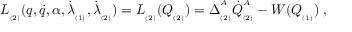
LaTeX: L _ { _ { ( 2 ) } } ( q , \dot { q } , \alpha , \dot { \lambda } _ { _ { ( 1 ) } } , \dot { \lambda } _ { _ { ( 2 ) } } ) = L _ { _ { ( 2 ) } } ( Q _ { _ { ( 2 ) } } ) = \Delta _ { _ { ( 2 ) } } ^ { ^ A } \dot { Q } _ { _ { ( 2 ) } } ^ { ^ A } - W ( Q _ { _ { ( 1 ) } } ) \; ,